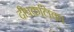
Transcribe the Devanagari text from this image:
दीपकलिका